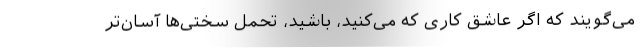
می‌گویند که اگر عاشق کاری که می‌کنید، باشید، تحمل سختی‌ها آسان‌تر